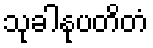
သုခါနုပတိတံ